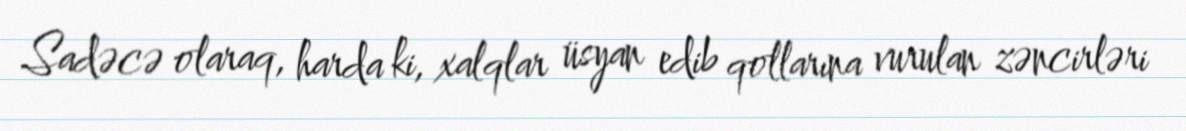
Sadəcə olaraq, harda ki, xalqlar üsyan edib qollarına vurulan zəncirləri